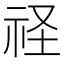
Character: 𮵚